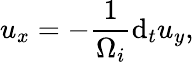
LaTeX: u_{x}=-\frac{1}{\Omega_{i}}\mathrm{d}_{t}u_{y},